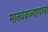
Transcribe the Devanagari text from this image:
मानवकल्याणाचा